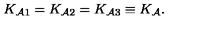
K _ { { \cal A } 1 } = K _ { { \cal A } 2 } = K _ { { \cal A } 3 } \equiv K _ { \cal A } .